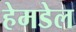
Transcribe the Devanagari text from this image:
हेमडेल